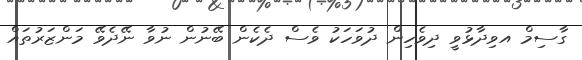
ގާސިމް އވިދާޅުވީ ދިވެހިން ދުވަހަކު ވެސް ދެކެން ބޭނުން ނުވާ ނޭދެވޭ މަންޒަރުތައް